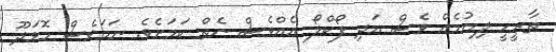
ތާރީހީ ލިޔުމެއް ވެސް އަދި ފޯކްލޯ އެއްވެސް ނެތް ކަމަށެވެ. ނަމަވެސް މޮޅަދޫ